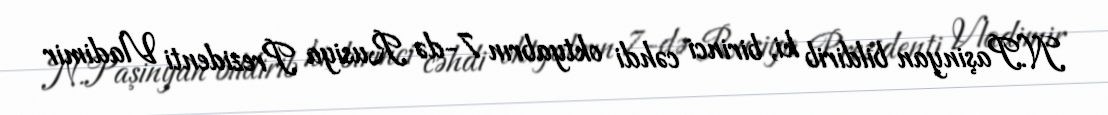
N.Paşinyan bildirib ki, birinci cəhdi oktyabrın 7-də Rusiya Prezidenti Vladimir